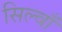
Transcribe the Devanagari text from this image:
सिल्वाँ